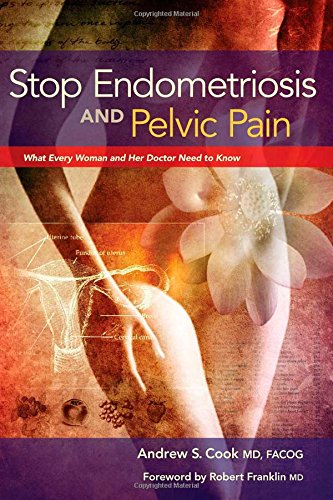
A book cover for Stop Endometriosis and Pelvic Pain: What Every Woman and Her Doctor Need to Know; Andrew S. Cook MD FACOG; Health, Fitness & Dieting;